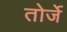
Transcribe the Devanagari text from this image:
तोर्जे